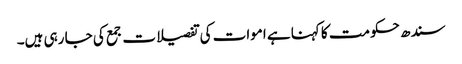
سندھ حکومت کا کہنا ہے اموات کی تفصیلات جمع کی جا رہی ہیں۔